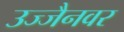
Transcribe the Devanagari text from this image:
उज्जैनवर